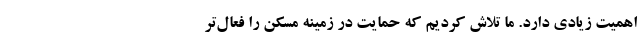
اهمیت زیادی دارد. ما تلاش کردیم که حمایت در زمینه مسکن را فعال‌تر